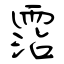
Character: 霑